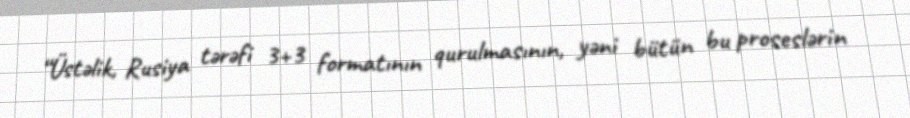
“Üstəlik, Rusiya tərəfi 3+3 formatının qurulmasının, yəni bütün bu proseslərin